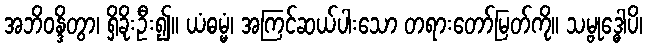
အဘိဝန္ဒိတွာ၊ ရှိခိုးဦး၍။ ယံဓမ္မံ၊ အကြင်ဆယ်ပါးသော တရားတော်မြတ်ကို။ သမ္ဗုဒ္ဓေါပိ၊